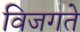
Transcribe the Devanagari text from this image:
विजगते